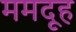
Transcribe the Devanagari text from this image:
ममदूह